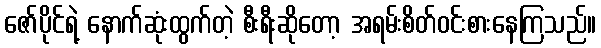
ဇော်ပိုင်ရဲ့ နောက်ဆုံးထွက်တဲ့ စီးရီးဆိုတော့ အရမ်းစိတ်ဝင်းစားနေကြသည်။